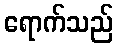
ရောက်သည်